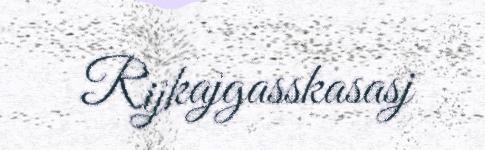
Rijkajgasskasasj